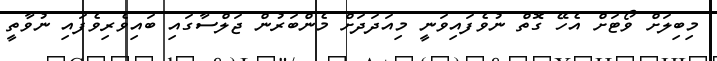
މިބިލަށް ވޯޓަށް އެހޭ ގޮތް ނުވެފައިވަނީ މިއަދަދަށް މެންބަރުން ޖަލްސާގައި ބައިވެރިވެފައި ނުވާތީ